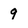
Character: 9